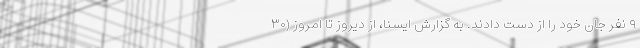
۹ نفر جان خود را از دست دادند. به گزارش ایسنا، از دیروز تا امروز (۳۰